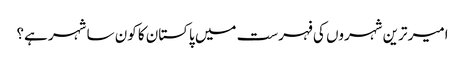
امیر ترین شہروں کی فہرست میں پاکستان کا کون سا شہر ہے؟